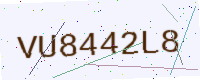
Text: VU8442L8